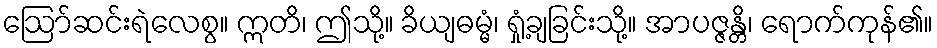
ဩော်ဆင်းရဲလေစွ။ ဣတိ၊ ဤသို့။ ခိယျဓမ္မံ၊ ရှုံ့ချခြင်းသို့။ အာပဇ္ဇန္တိ၊ ရောက်ကုန်၏။